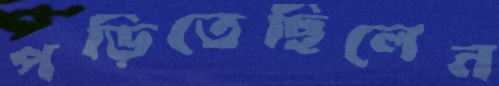
পড়িতেছিলেন